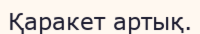
Қаракет артық.